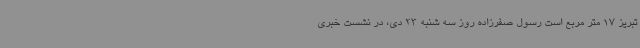
تبریز 17 متر مربع است رسول صفرزاده روز سه شنبه 23 دی، در نشست خبری